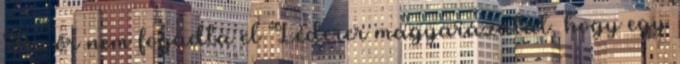
Az őr nem fogadta el Léderer magyarázatát, hogy egy